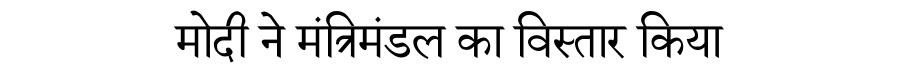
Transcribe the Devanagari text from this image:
मोदी ने मंत्रिमंडल का विस्तार किया